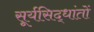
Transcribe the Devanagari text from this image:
सूर्यसिद्धांतों